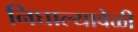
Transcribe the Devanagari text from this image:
निघाल्यावेळी